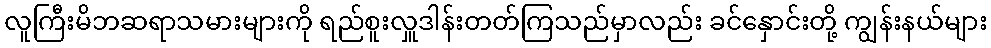
လူကြီးမိဘဆရာသမားများကို ရည်စူးလှူဒါန်းတတ်ကြသည်မှာလည်း ခင်နှောင်းတို့ ကျွန်းနယ်များ